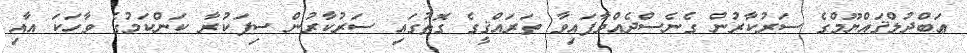
ޢަބްދުލްޤައްޔޫމްގެ ސަރުކާރުން ގެނެސްދެއްވާފައިވާ ތަރައްޤީގެ ގޮތުގައި ސަރުކާރުން ސިފަކުރާ ކަންކަމުގެ ވާހަކަ އާއި